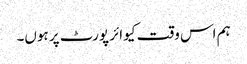
ہم اس وقت کیو ائر پورٹ پر ہوں۔